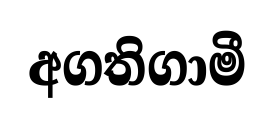
අගතිගාමී